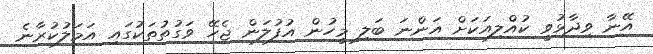
އޭނާ ވިދާޅުވީ ކުއްލިއަކަށް އަންނަ ބަލި މީހުން އުފުލަން ޖެހޭ ވަގުތުތަކުގައި އަމަލުކުރާނެ